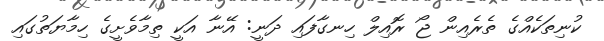
ކުނިތަކެއްގެ ތެރެއިން ޖޯ ރޮއިލް ހިނގާފައި ދަނީ: އޭނާ އަކީ ތިމާވެށީގެ ހިމާޔަތުގައި